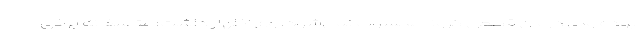
بوده ولی درمان قطعی کرونا محسوب نمی‌شود. وی اظهار داشت: متاسفانه برخی